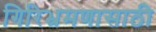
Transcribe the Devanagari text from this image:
गिरिभ्रमणासाठी